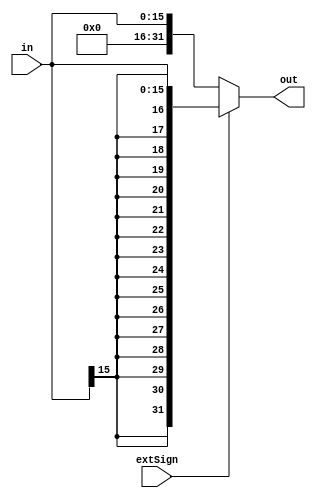

// immExt immext(out, in, extSign);
module immExt(
  output [31:0] out,
  input [15:0] in, input extSign
);

  wire [31:0] out_extZero = {16'b0, in};
  wire [31:0] out_extSign = {{16{in[15]}}, in};
  assign out = extSign ? out_extSign : out_extZero;

endmodule